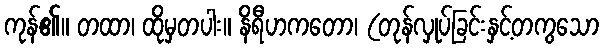
ကုန်၏။ တထာ၊ ထိုမှတပါး။ နိရီဟကတော၊ (တုန်လှုပ်ခြင်းနှင့်တကွသော